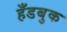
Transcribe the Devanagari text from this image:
हँडबुक